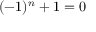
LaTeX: ( - 1 ) ^ { n } + 1 = 0